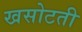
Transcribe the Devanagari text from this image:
खसोटती